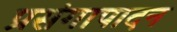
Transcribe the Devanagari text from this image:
प्रसंगापादन